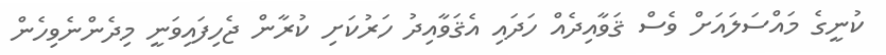
ކުނީގެ މައްސަލައަށް ވެސް ޤަވާއިދެއް ހަދައި އެޤަވާއިދު ހަރުކަށި ކުރާން ޖެހިފައިވަނީ މިދެންނެވިހެން